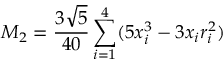
M _ { 2 } = \frac { 3 \sqrt { 5 } } { 4 0 } \sum _ { i = 1 } ^ { 4 } ( 5 x _ { i } ^ { 3 } - 3 x _ { i } r _ { i } ^ { 2 } )